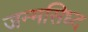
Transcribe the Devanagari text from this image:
जन्मसिध्द